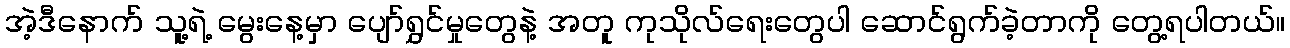
အဲ့ဒီနောက် သူ့ရဲ့ မွေးနေ့မှာ ပျော်ရွှင်မှုတွေနဲ့ အတူ ကုသိုလ်ရေးတွေပါ ဆောင်ရွက်ခဲ့တာကို တွေ့ရပါတယ်။